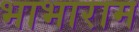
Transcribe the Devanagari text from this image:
भाभाराम